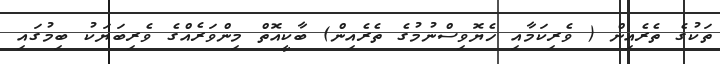
ތަކުގެ ތެރެއިން ( ވެރިކަމާއި ހެޔޮވިސްނުމުގެ ތެރެއިން) ބާކީއޮތް މިންވަރެއްގެ ވެރިބަޔަކު ބިމުގައި